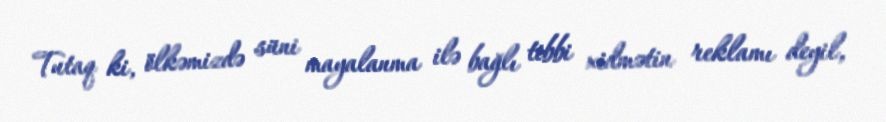
Tutaq ki, ölkəmizdə süni mayalanma ilə bağlı tibbi xidmətin reklamı deyil,